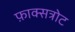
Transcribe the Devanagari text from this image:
फ़ाक्सत्रोट